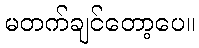
မတက်ချင်တော့ပေ။